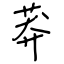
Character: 莽